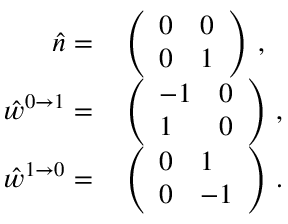
\begin{array} { r l } { \hat { n } = } & { { } \left( \begin{array} { l l } { 0 } & { 0 } \\ { 0 } & { 1 } \end{array} \right) \, , } \\ { \hat { w } ^ { 0 \to 1 } = } & { { } \left( \begin{array} { l l } { - 1 } & { 0 } \\ { 1 } & { 0 } \end{array} \right) \, , } \\ { \hat { w } ^ { 1 \to 0 } = } & { { } \left( \begin{array} { l l } { 0 } & { 1 } \\ { 0 } & { - 1 } \end{array} \right) \, . } \end{array}